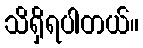
သိရှိရပါတယ်။